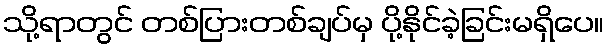
သို့ရာတွင် တစ်ပြားတစ်ချပ်မှ ပို့နိုင်ခဲ့ခြင်းမရှိပေ။